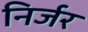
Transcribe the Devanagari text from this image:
निर्जर